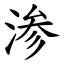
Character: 渗